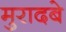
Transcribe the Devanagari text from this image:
मुरादबे